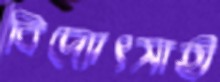
বিদ্যোৎসাহী